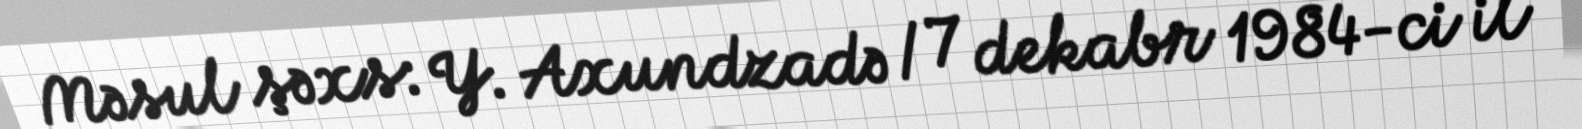
Məsul şəxs: Y. Axundzadə / 7 dekabr 1984-ci il